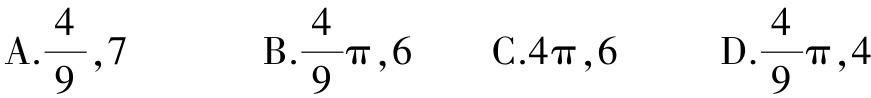
A.$\frac{4}{9},7$  B.$\frac{4}{9}\pi,6$  C.$4\pi,6$  D.$\frac{4}{9}\pi,4$